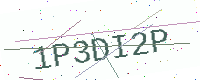
Text: 1P3DI2P